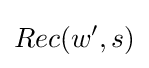
Rec(w',s)